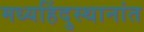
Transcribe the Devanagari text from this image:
मध्यहिंदुस्थानांत